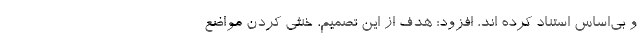
و بی‌اساس استناد کرده اند، افزود: هدف از این تصمیم، خنثی کردن مواضع